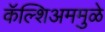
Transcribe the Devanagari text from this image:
कॅल्शिअममुळे